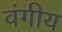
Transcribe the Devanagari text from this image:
वंगीय